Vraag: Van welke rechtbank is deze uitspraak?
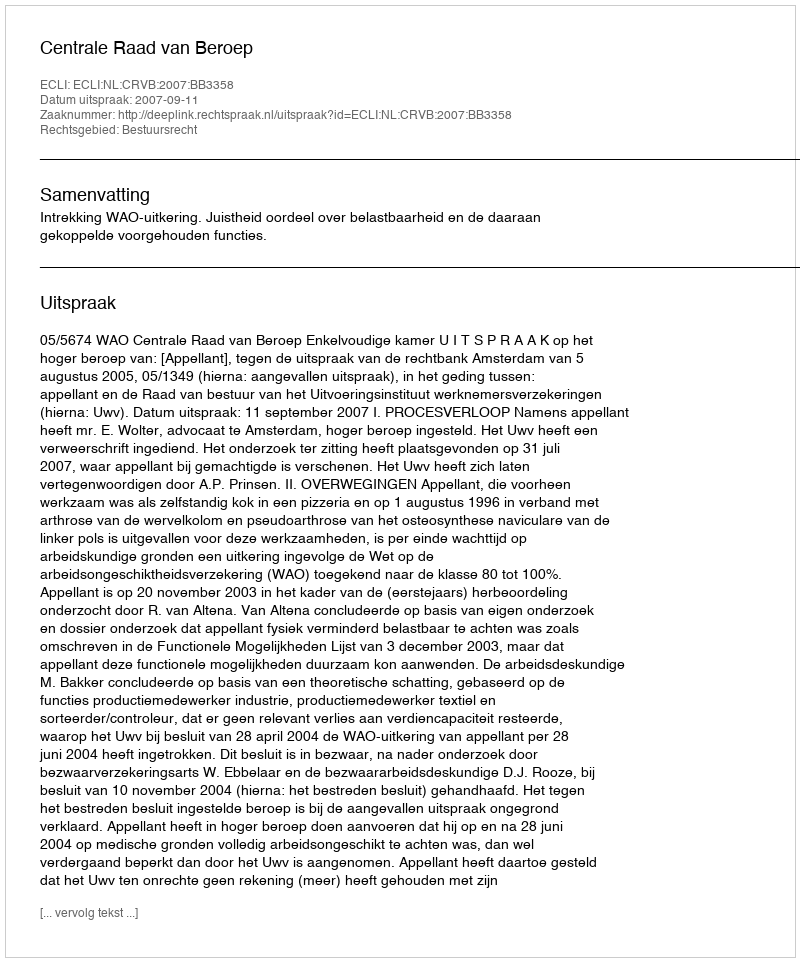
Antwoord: Centrale Raad van Beroep